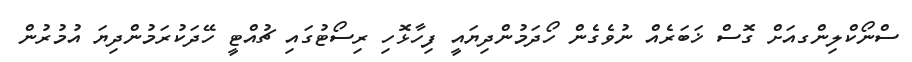
ސްނޯކްލިންގއަށް ގޮސް ޚަބަރެއް ނުވެގެން ހޯދަމުންދިޔައީ ފިހާޅޮހި ރިސޯޓުގައި ޗުއްޓީ ހޭދަކުރަމުންދިޔަ އުމުރުން